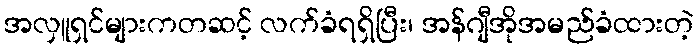
အလှူရှင်များကတဆင့် လက်ခံရရှိပြီး၊ အန်ဂျီအိုအမည်ခံထားတဲ့